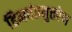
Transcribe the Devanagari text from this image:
हिमवंतमुत्तरेण